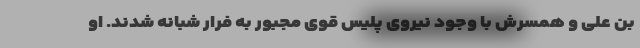
بن علی و همسرش با وجود نیروی پلیس قوی مجبور به فرار شبانه شدند. او